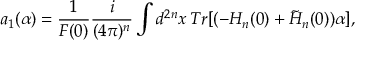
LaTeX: a _ { 1 } ( \alpha ) = \frac { 1 } { F ( 0 ) } \frac { i } { ( 4 \pi ) ^ { n } } \int d ^ { 2 n } x \, T r [ ( - H _ { n } ( 0 ) + \tilde { H } _ { n } ( 0 ) ) \alpha ] ,